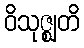
ဝိသုဇ္ဈတိ